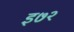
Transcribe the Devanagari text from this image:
इ७२